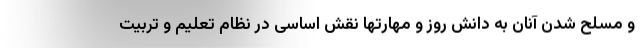
و مسلح شدن آنان به دانش روز و مهارتها نقش اساسی در نظام تعلیم و تربیت